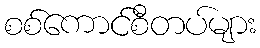
စစ်ကောင်စီတပ်များ